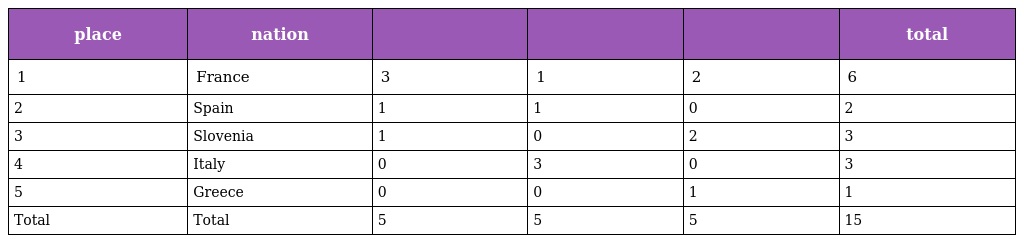
| place | nation |  |  |  | total |
 | --- | --- | --- | --- | --- | --- |
 | 1 | France | 3 | 1 | 2 | 6 |
 | 2 | Spain | 1 | 1 | 0 | 2 |
 | 3 | Slovenia | 1 | 0 | 2 | 3 |
 | 4 | Italy | 0 | 3 | 0 | 3 |
 | 5 | Greece | 0 | 0 | 1 | 1 |
 | Total | Total | 5 | 5 | 5 | 15 |